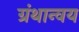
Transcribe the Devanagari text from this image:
ग्रंथान्वय